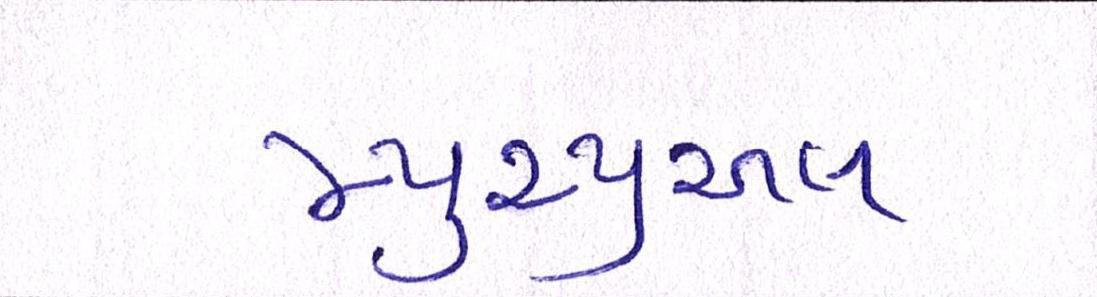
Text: મ્યુચ્યુઅલ